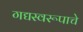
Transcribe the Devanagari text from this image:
गद्यस्वरूपाचे